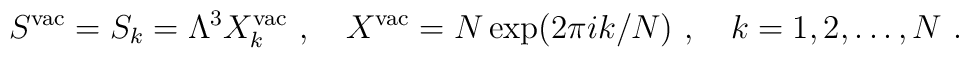
S^{\rm vac}=S_k= \Lambda^3 X^{\rm vac}_k~,~~~X^{\rm vac}=N\exp(2\pi ik/N)~,~~~k=1,2, \dots,N~.